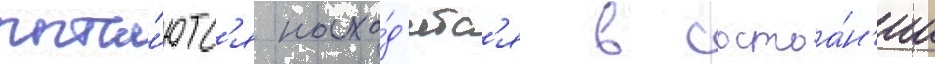
пыта́ютс'я нахо́д'итс'я в состоа́н'ии